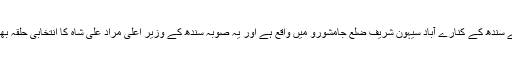
دریائے سندھ کے کنارے آباد سیہون شریف ضلع جامشورو میں واقع ہے اور یہ صوبہ سندھ کے وزیر اعلیٰ مراد علی شاہ کا انتخابی حلقہ بھی ہے۔